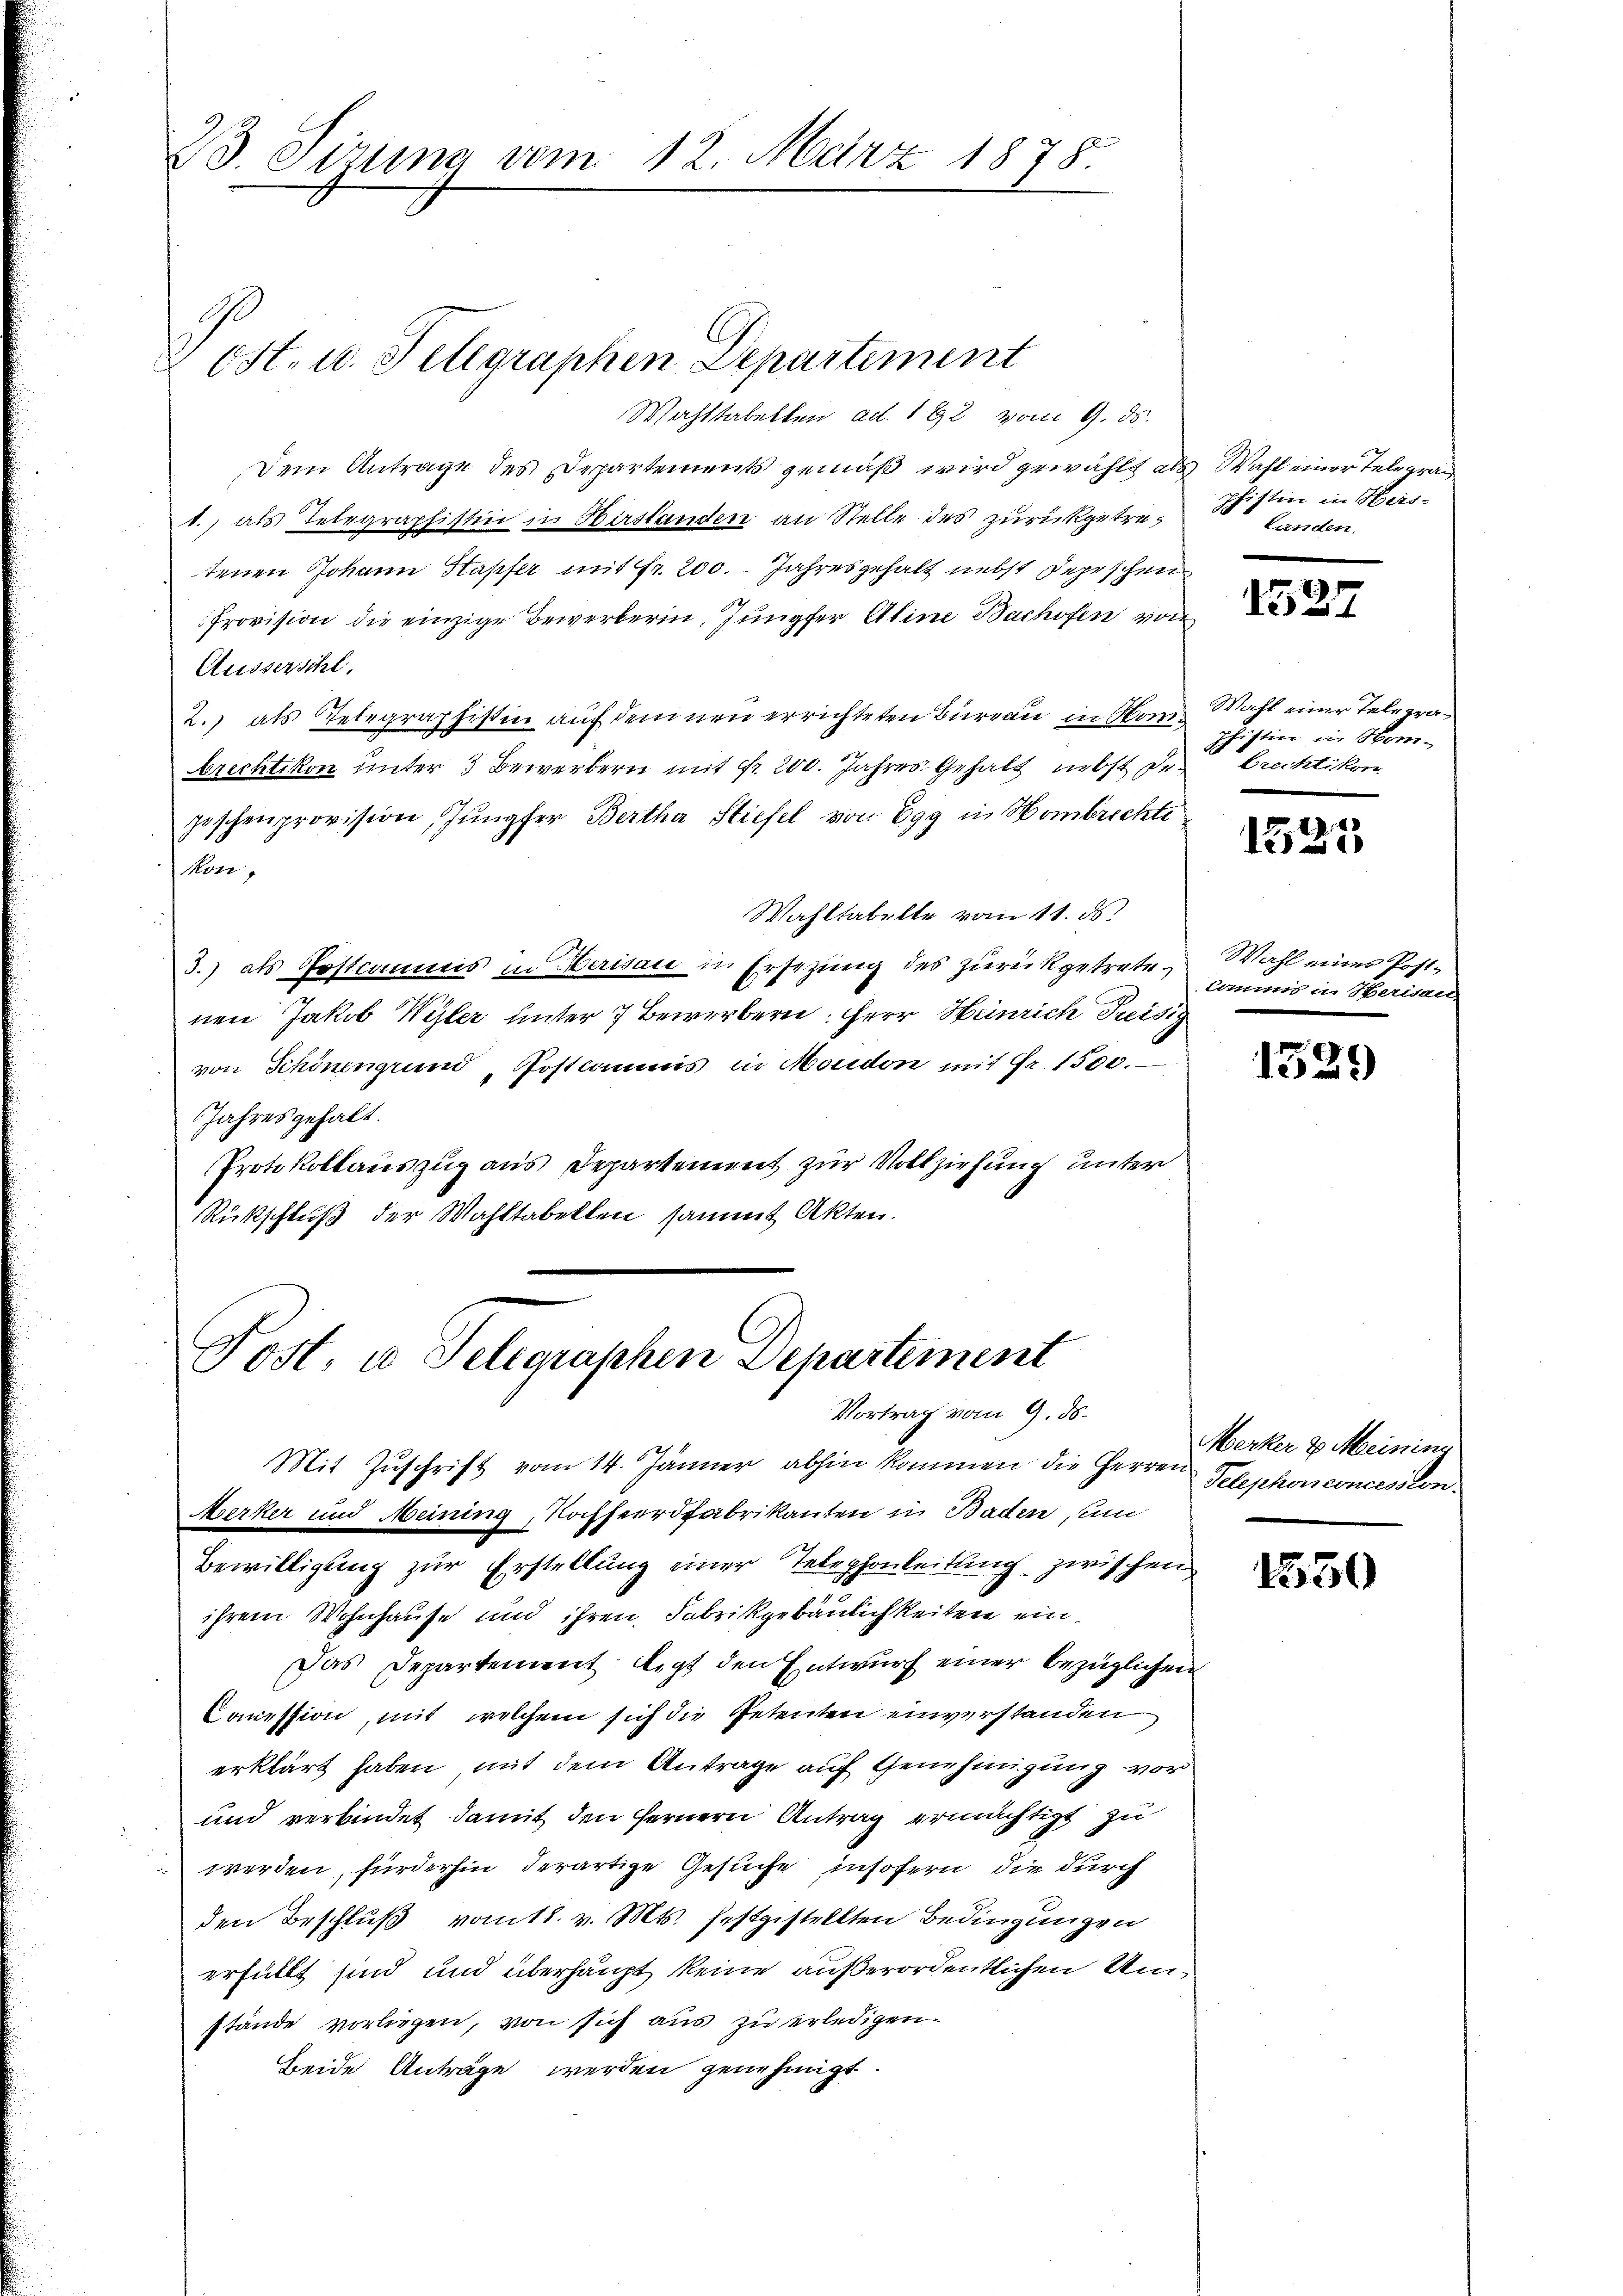
23. Sizina vom 12. März 1878.

Wachstabellen ad. 192 vom 9. ds.
Dem Antrage des Departements gemäß wird gewählt als Wahl einer Telegra¬
1., als Telegraphistin in Hirslanden an Stelle des zurückgetretenen Johann Stapfer mit fr. 200. - Jahresgehalt nebst Depeschen
Provision die einzige Bewerberin, Jungfer Aline Bachofen von
Aussersihl.
2.) als Telegraphistin auf dem neu errichteten Bureau in Honbrechtikon unter 3 Bewerbern mit Nr. 200. Jahres Gehalt nebst degeschenprovision Jungfer Bertha Stiefel von Egg in Hombrechte
kon.
Wahltabelle vom 11. ds.
3.) als Postcommis in Herisau in Ersezung des zurückgetretenen Jakob Wyler unter 7 Bewerbern, HHerr Heinrich Preisig
von Schönengrund Postkamms in Moudon mit Fr. 1500.
Jahresgehalt.
Protokollauszug aus Departement zur Vollziehung unter
Rückschluß der Wahltabellen sammt Akten.

Post. u. Telegraphen Departement

Post es Telegraphen Departement
Vortrag vom 9. ds.
Mit Zuschrift vom 14. Jänner abhin kommen die Herren Telephonsconcession
Merker und Meining, Koffenrdfabrikanton in Baden, und

phistin in Hirs-
Landen.

Bewilligung zur Erstellung einer Telephonleitung zwischen
ihrem Wohnhause und ihren, Fabrikgebäulichkeiten ein¬
Das Departement legt den Entwurf einer bezüglichen
Comession, mit welchem sich die Petenten einverstanden
erklärt haben, mit dem Antrage auf Genehmigung vor
und verbindet damit den fernern Antrag ermächtigt zu
werden, fürderhin derartige Gesuche insofern, die durch
den Beschluß vom 18. v. Mts. festgestellten Bedingungen
erfüllt sind und überhaupt keine außerordentlichen Umstände vorliegen, von sich aus zu erledigen.
Beide Antrage werden genehmigt.

1527

Wahl einer Telegraphistin in Hom¬
Brechtikon

1525

Wahl eines Postkammes u. Herisau

1529

Merker u Meining

1550